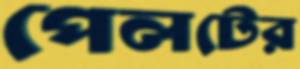
পেলটের